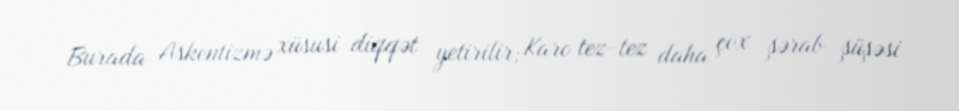
Burada Askentizmə xüsusi diqqət yetirilir; Karo tez-tez daha çox şərab şüşəsi